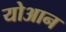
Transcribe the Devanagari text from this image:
योआन